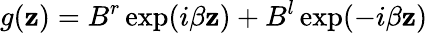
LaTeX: g(\mathbf{z})=B^{r}\exp(i\beta\mathbf{z})+B^{l}\exp(-i\beta\mathbf{z})